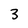
Character: 3